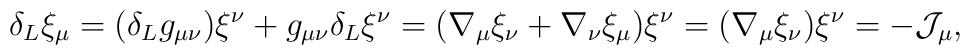
\delta_{L} \xi_{\mu} = (\delta_{L} g_{\mu\nu}) \xi^{\nu} +g_{\mu\nu} \delta_{L} \xi^{\nu} = (\nabla_{\mu} \xi_{\nu} +\nabla_{\nu} \xi_{\mu}) \xi^{\nu} = (\nabla_{\mu} \xi_{\nu})\xi^{\nu} = - {\cal J}_{\mu},